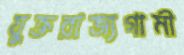
যুক্তরাজ্যগামী